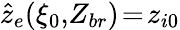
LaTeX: \hat{z}_{e}(\xi_{0},\! Z_{br})\! =\! z_{i0}